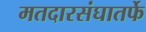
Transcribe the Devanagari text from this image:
मतदारसंघातर्फे